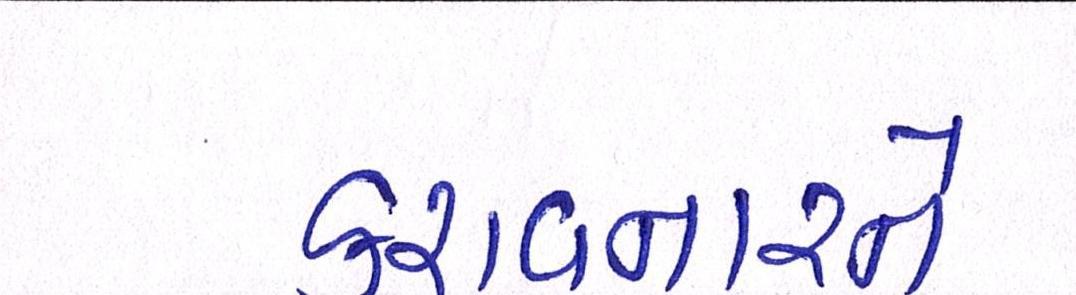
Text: કરાવનારને